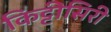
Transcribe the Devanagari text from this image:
किट्टीसिरी